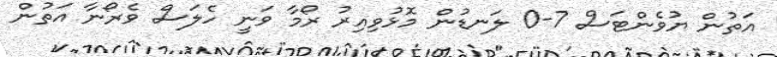
އަތުން ޔުވެންޓަސް 7-0 ލަނޑުން މޮޅުވިއިރު ރޯމާ ވަނީ ހެލަސް ވެރޯނާ އަތުން